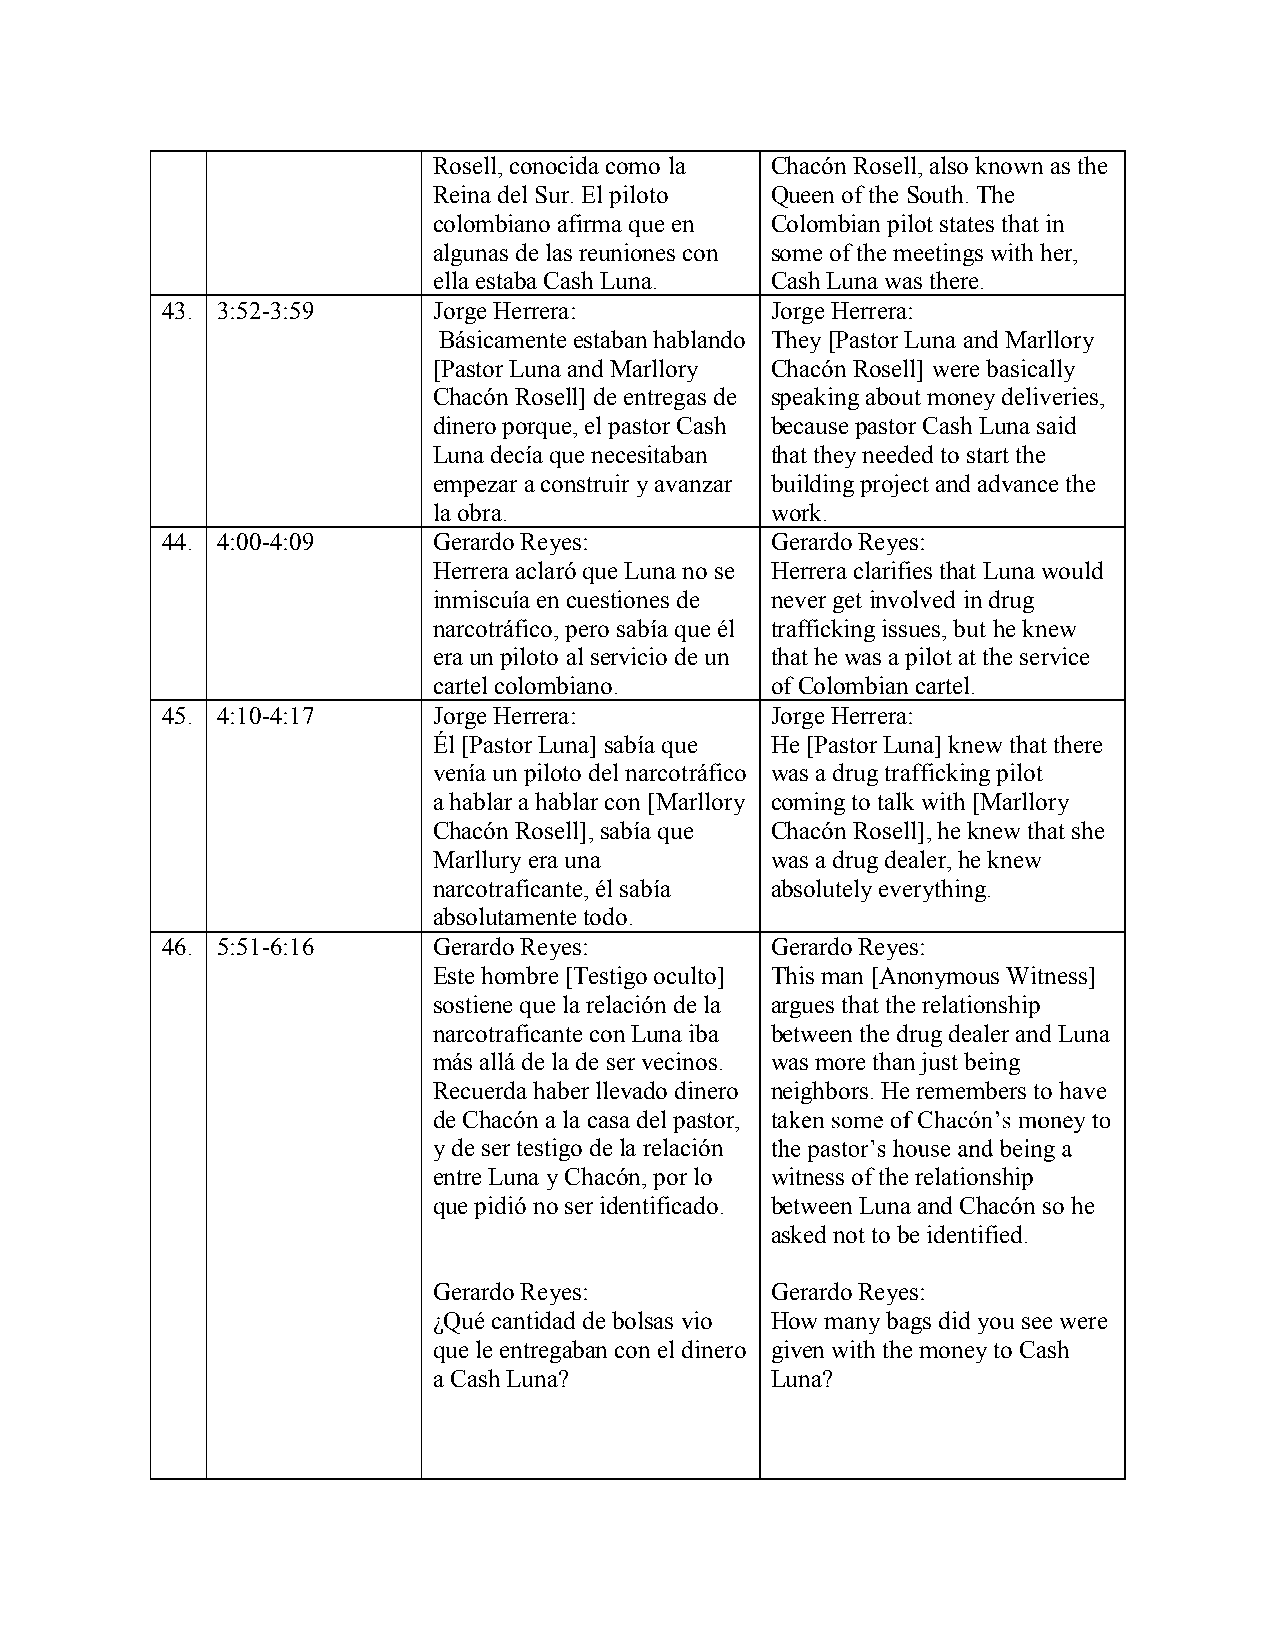
Rosell, conocida como la Chacón Rosell, also known as the
 Reina del Sur. El piloto Queen of the South. The
 colombiano afirma que en Colombian pilot states that in
 algunas de las reuniones con some of the meetings with her,
 ella estaba Cash Luna. Cash Lunawas there.
 43. 3:52-3:59     Jorge Herrera:        Jorge Herrera:
 Básicamente estaban hablando They [Pastor Luna and Marllory
 [Pastor Luna and Marllory Chacón Rosell] were basically
 Chacón Rosell] de entregas de speaking about money deliveries,
 dinero porque, el pastor Cash because pastor Cash Luna said
 Luna decía que necesitaban that they needed to start the
 empezara construir y avanzar building project and advance the
 la obra.              work.
 44. 4:00-4:09     Gerardo Reyes:        Gerardo Reyes:
 Herrera aclaró que Luna no se Herrera clarifies that Luna would
 inmiscuía en cuestiones de never get involved indrug
 narcotráfico, pero sabía que él trafficking issues, but he knew
 era un piloto al servicio de un that hewas a pilot at the service
 cartel colombiano.    of Colombian cartel.
 45. 4:10-4:17     Jorge Herrera:        Jorge Herrera:
 Él[Pastor Luna] sabía que He [Pastor Luna] knew that there
 venía un piloto del narcotráfico was a drug trafficking pilot
 a hablar a hablar con [Marllory coming to talk with [Marllory
 Chacón Rosell], sabía que Chacón Rosell], he knew that she
 Marllury era una      was a drug dealer, he knew
 narcotraficante, él sabía absolutely everything.
 absolutamente todo.
 46. 5:51-6:16     Gerardo Reyes:        Gerardo Reyes:
 Este hombre [Testigo oculto] This man [Anonymous Witness]
 sostiene que la relación de la argues that the relationship
 narcotraficante con Luna iba between the drug dealer and Luna
 más allá de la de ser vecinos. was more than just being
 Recuerda haber llevado dinero neighbors. He remembers to have
 de Chacón a la casa del pastor, ta
 y de ser testigo de la relación
 entre Luna y Chacón, por lo witness of the relationship
 que pidió no ser identificado. between Luna and Chacón so he
 asked not to be identified.
 Gerardo Reyes:        Gerardo Reyes:
 ¿Qué cantidad de bolsas vio How many bags did you see were
 que le entregaban con el dinero given with the money to Cash
 a Cash Luna?          Luna?